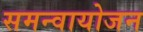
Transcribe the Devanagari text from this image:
समन्वायोजन